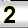
Digit: 2